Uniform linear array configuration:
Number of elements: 24
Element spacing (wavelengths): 0.25
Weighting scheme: binomial
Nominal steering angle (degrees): -45
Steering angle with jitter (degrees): -46.956
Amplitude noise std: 0.05
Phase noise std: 0.05

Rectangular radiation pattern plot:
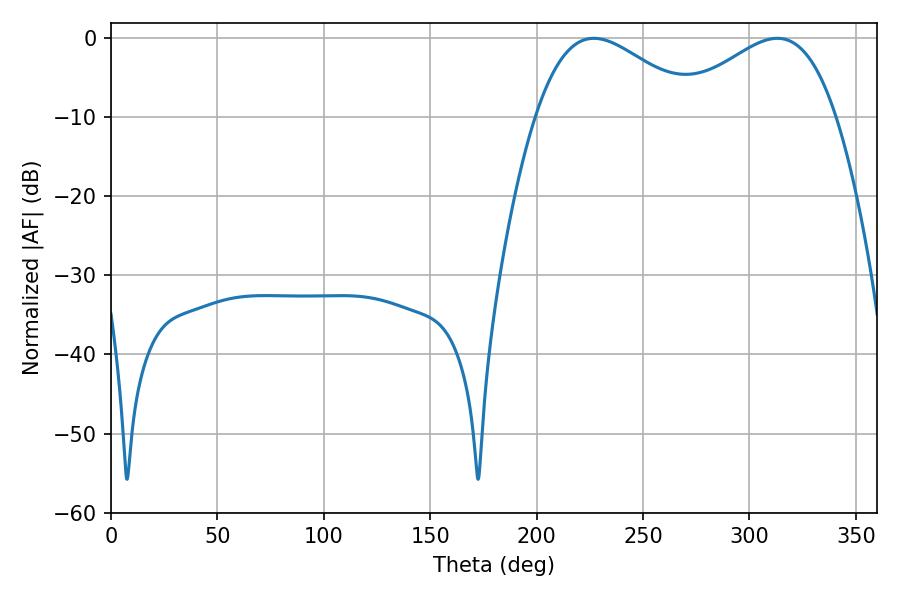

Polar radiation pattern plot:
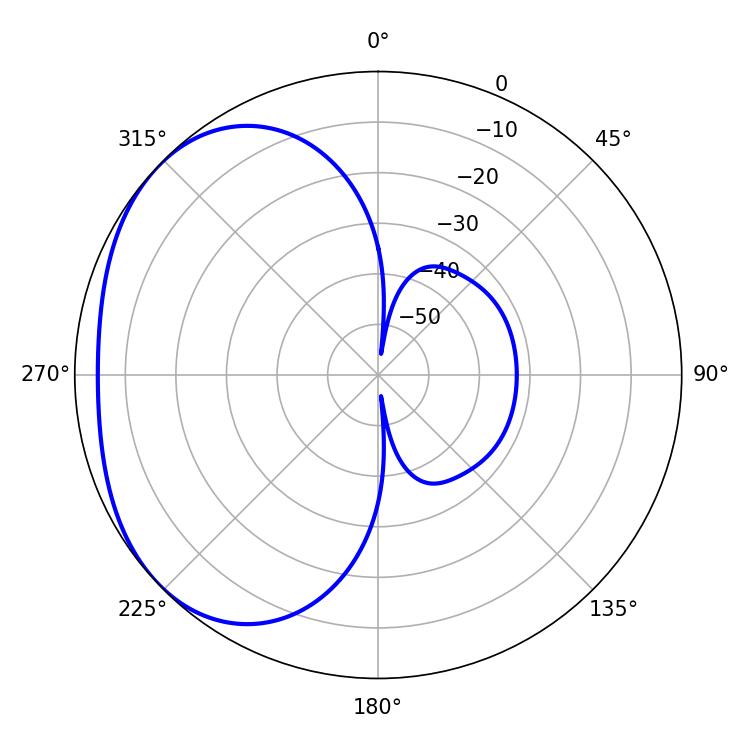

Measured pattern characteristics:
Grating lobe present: FALSE
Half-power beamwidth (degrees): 40.86
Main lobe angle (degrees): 226.98